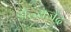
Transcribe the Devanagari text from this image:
डॉ॰राजेंद्र